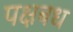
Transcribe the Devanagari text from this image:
पक्षबध